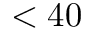
< 4 0